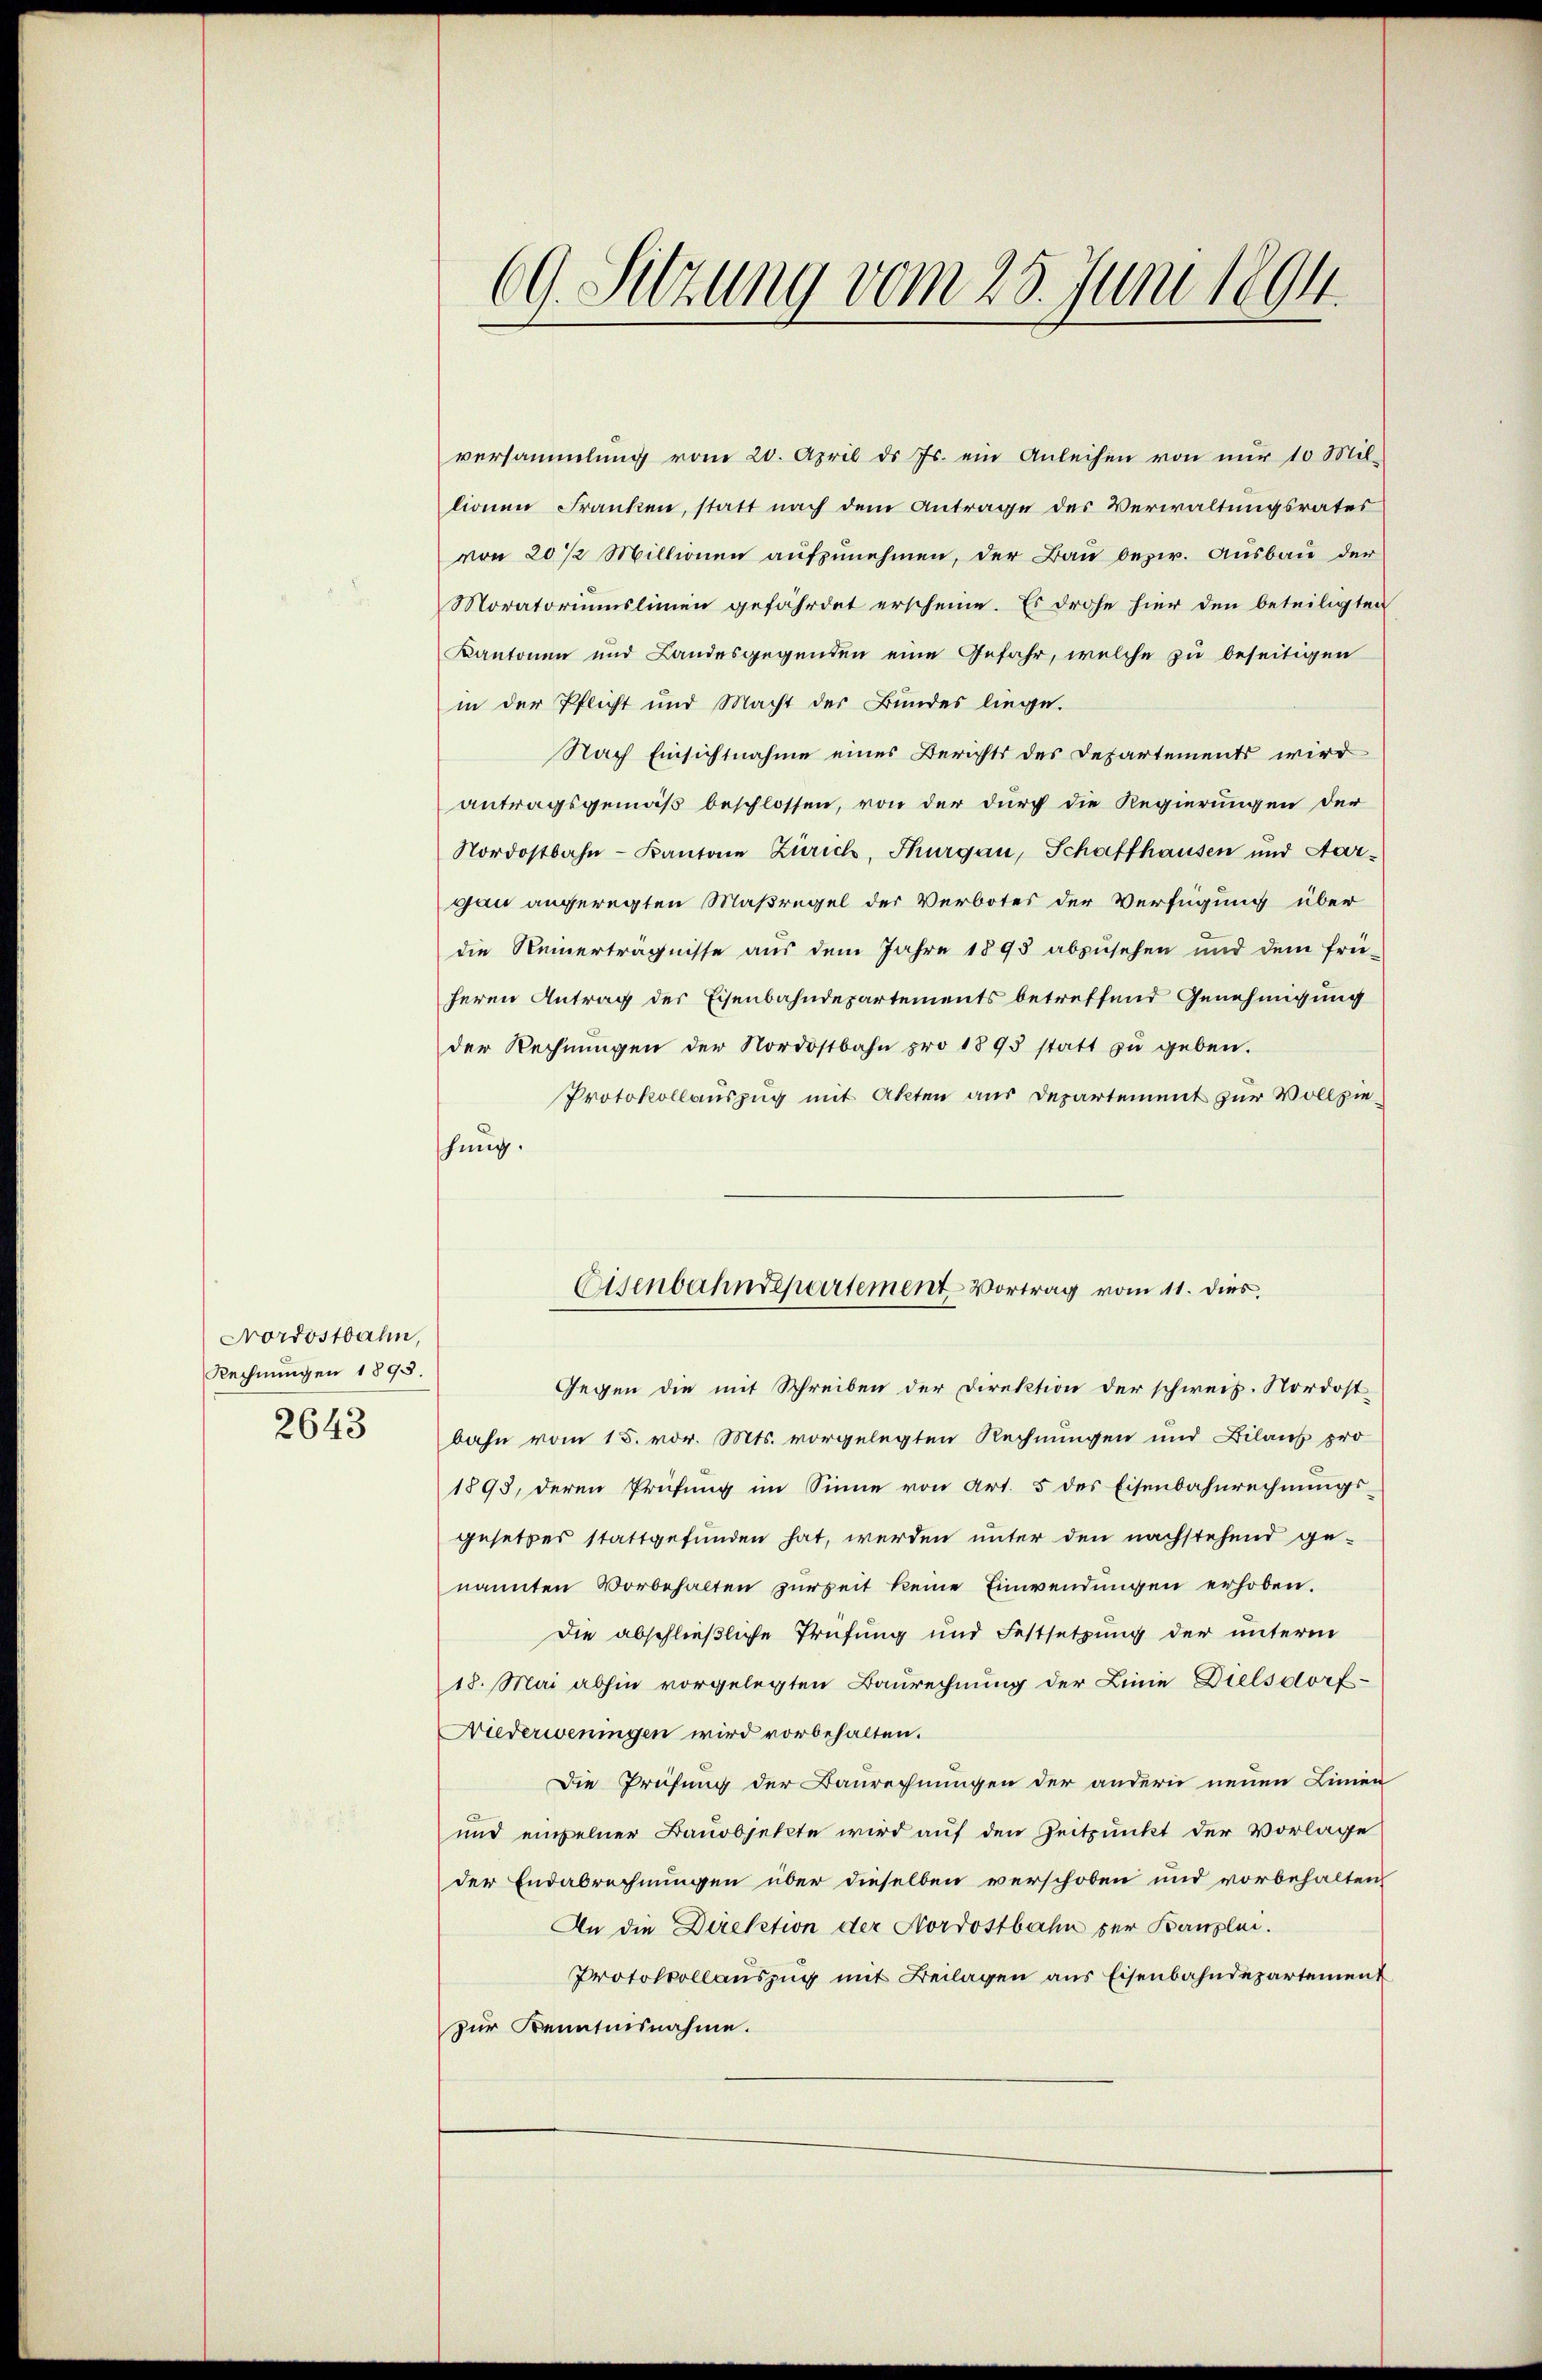
Nordostbahn,
Rechnungen 1893.
2643

69. Sitzung vom 25. Juni 1894.

versammlung vom 20. April d. Js. ein Anleihen von nŭr 10 Mil-
lionen Franken, statt nach dem Antrage des Verwaltungsrates
von 20 1/2 Millionen aufzunehmen, der Bau bezw. Ausbau der
Moratoriumslinien gefährdet erscheine. Es drohe hier den beteiligten
Kantonen und Landesgegenden eine Gefahr, welche zu beseitigen
in der Pflicht und Macht der Bundes liege.
Nach Einsichtnahme eines Berichts des Departements wird
antragsgemäß beschlossen, von der durch die Regierungen der
Nordostbahn-Kantone Zürich, Thurgau, Schaffhausen und Aargau angeregten Maßregel der Verbotes der Verfügung über
die Reinerträgnisse aus dem Jahre 1895 abzusehen und dem frü-
heren Antrag des Eisenbahndepartements betreffend Genehmigung
der Rechnŭngen der Nordostbahn pro 1895 statt zŭ geben.
Protokollauszug mit Akten aus Departement zur Vollziehung.
Eisenbahndepartement Vortrag vom 11. dies
Gegen die mit Schreiben der Direktion der schweiz. Nordost
bahn vom 15. vor. Mts. vorgelegten Rechnungen und Bilans pro
1893, deren Prüfung im Sinne von Art. 5 des Eisenbahnrechnungsgesetzes stattgefunden hat, werden unter den nachstehend ge-
nannten Vorbehalten zur Zeit keine Einwendungen erhoben.
Die abschließliche Prüfung und Festsetzung der unterm
18. Mai abhin vorgelegten Baurechnung der Linie Dielsdorf-
Niederweningen wird vorbehalten.
Die Prüfung der Baurechnungen der andern neuen Linien
und einzelner Bauobjekte wird auf den Zeitpunkt der Vorlage
der Endabrechnungen über dieselben verschoben und vorbehalten
An die Direktion der Nordostbahn der Banzlei.
Protokollauszug mit Beilagen aus Eisenbahndepartement
zur Kenntnisnahme.